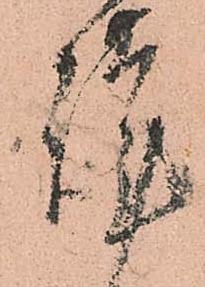
謹